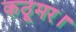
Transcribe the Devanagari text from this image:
कठूमर।